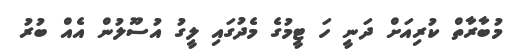
މުބާރާތް ކުރިއަށް ދަނީ ހަ ޓީމުގެ މެދުގައި ލީގު އުސޫލުން އެއް ބުރު